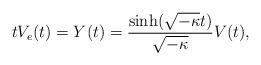
LaTeX: \begin{align*}tV_e(t)=Y(t)=\frac{\sinh(\sqrt{-\kappa}t)}{\sqrt{-\kappa}}V(t),\end{align*}